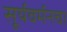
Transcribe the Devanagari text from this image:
सूर्यवर्मनचा